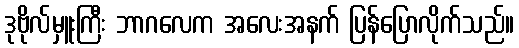
ဒုဗိုလ်မှူးကြီး ဘာဂလေက အလေးအနက် ပြန်ပြောလိုက်သည်။